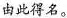
由此得名。